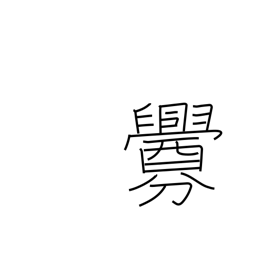
Meaning: smear with blood